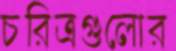
চরিত্রগুলোর